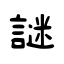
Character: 謎